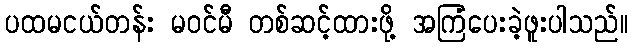
ပထမငယ်တန်း မဝင်မီ တစ်ဆင့်ထားဖို့ အကြံပေးခဲ့ဖူးပါသည်။